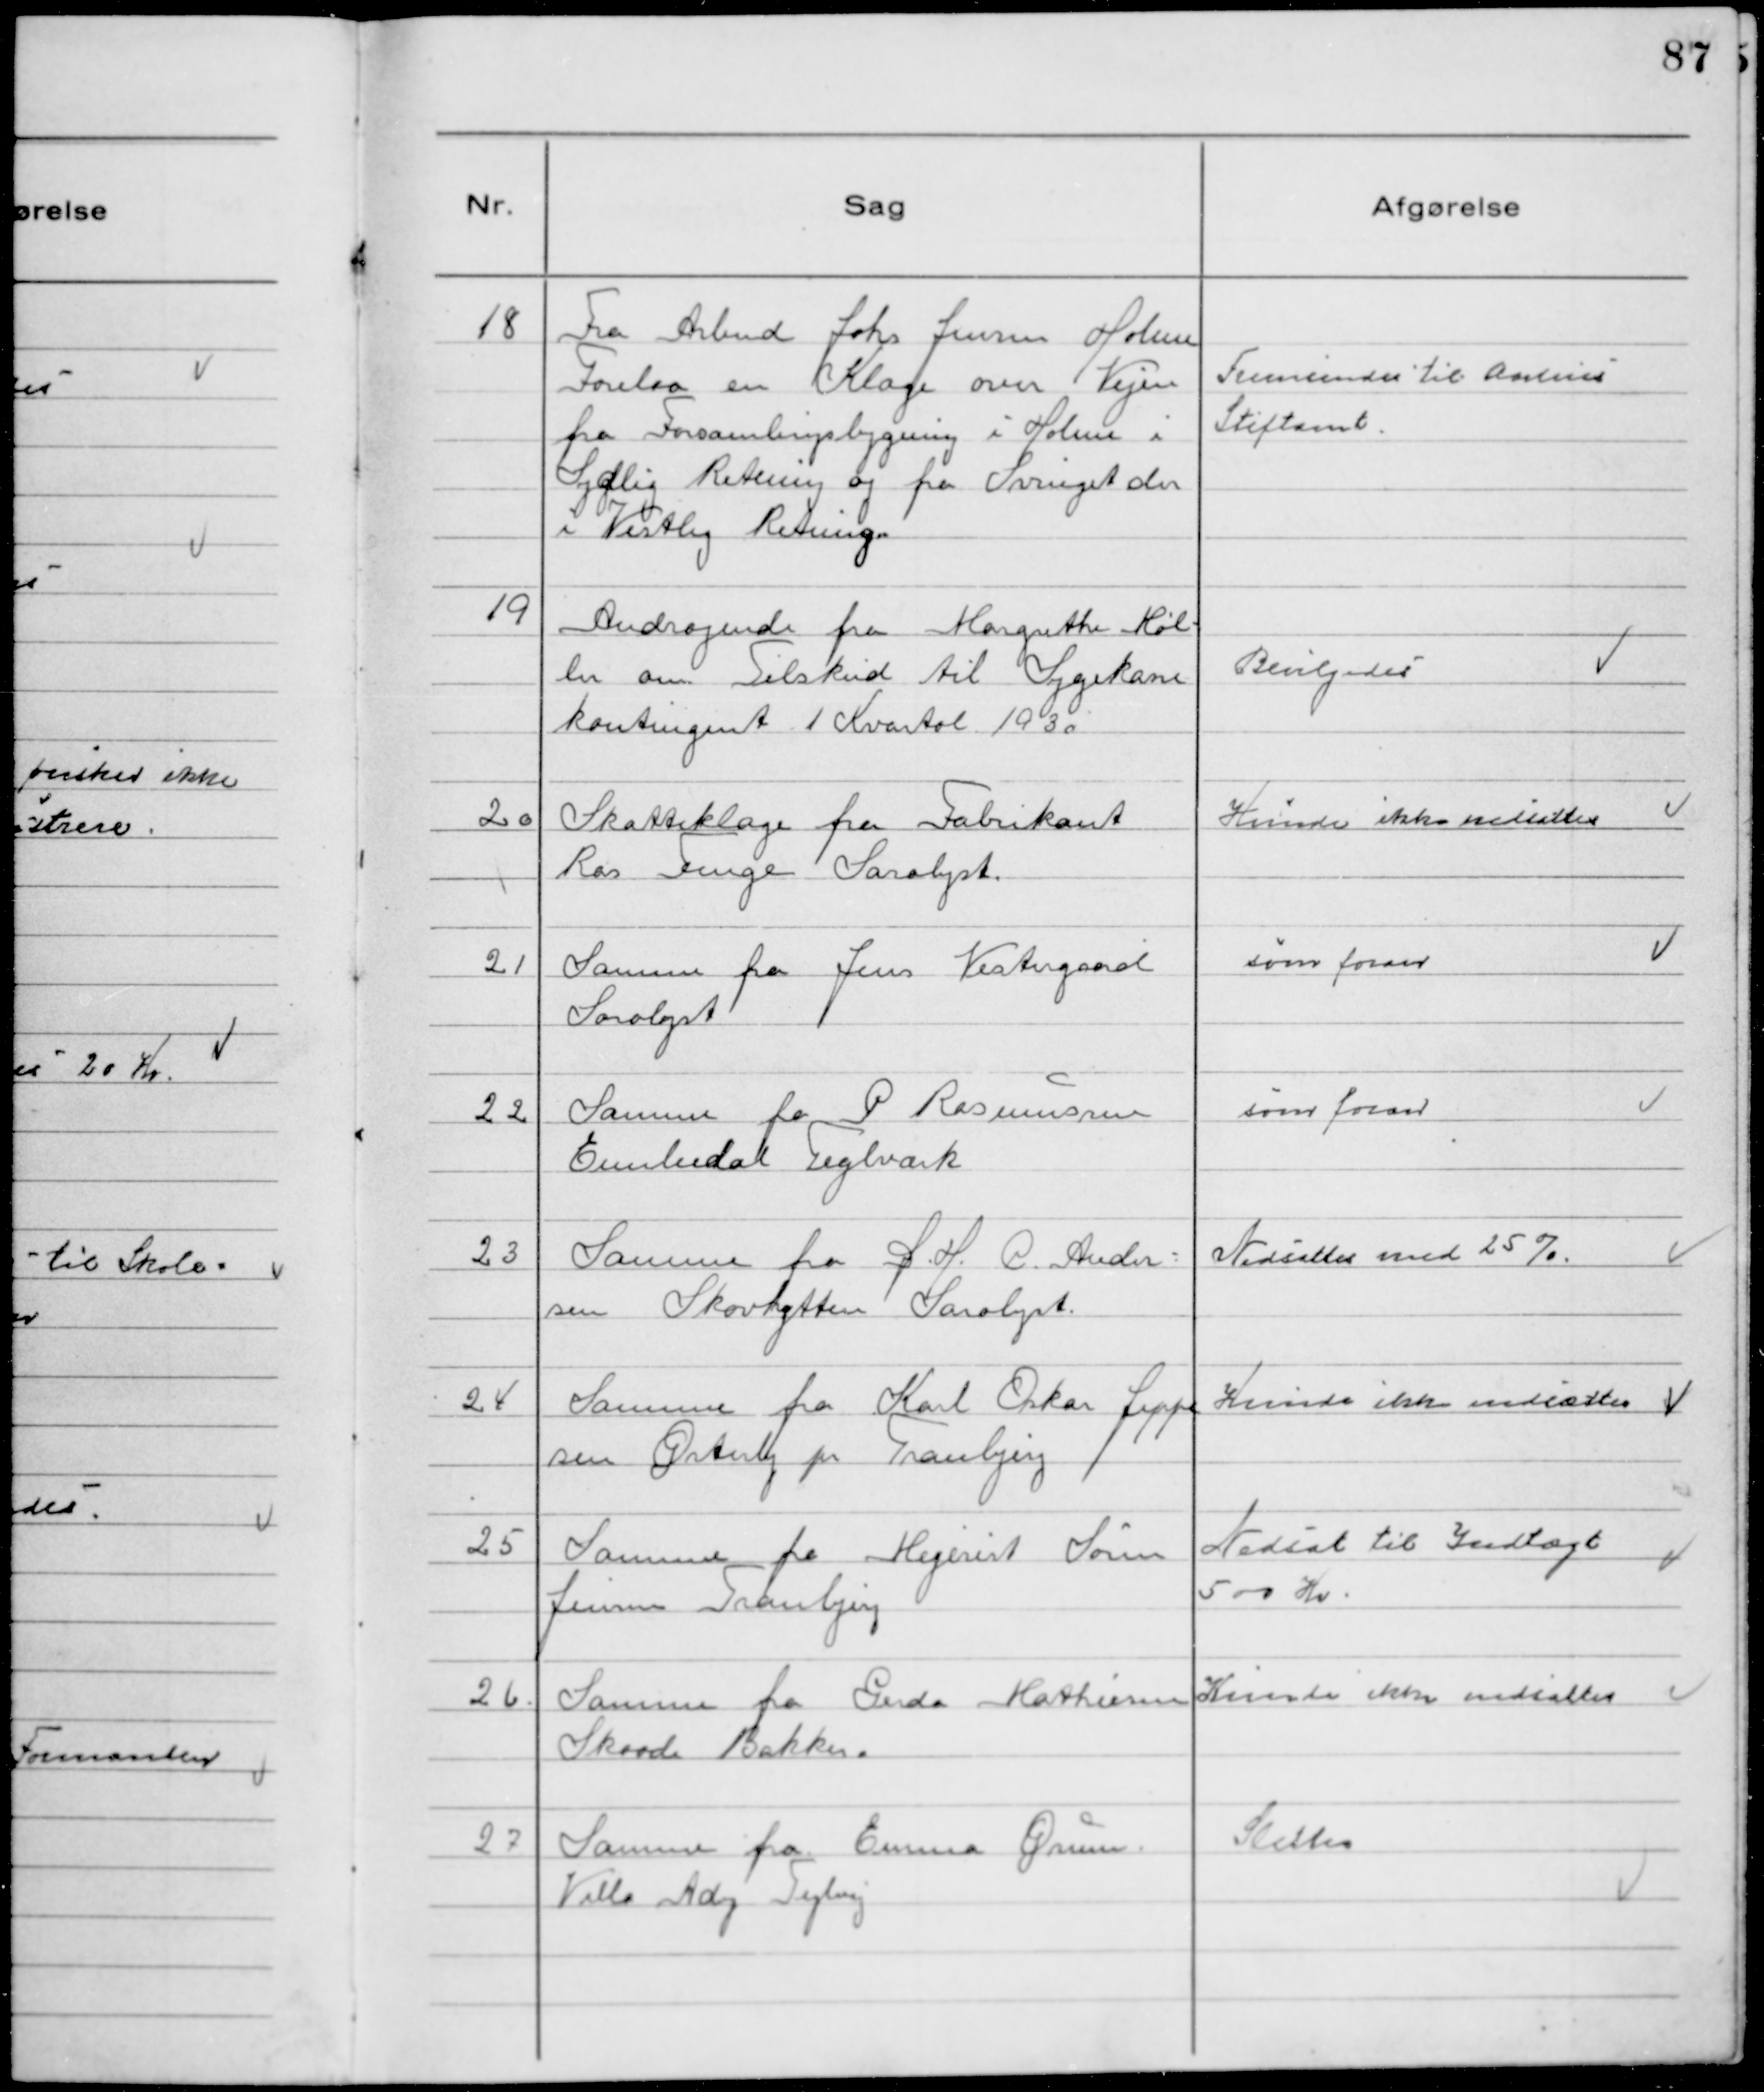
Transskription:
18 Fra Arbmd Johs Jensen Holme
Forelaa en Klage over Vejen
fra Forsamlingsbygning i Holme i
Sydlig Retning og fra Svinget der
i Vestlig Retning.

Fremsendes til Aarhus
Stiftamt.

19 Andragende fra Margrethe Møl-
ler om Tilskud til Sygekasse
kontingent 1 Kvartal 1930

Bevilgedes

20 Skatteklage fra Fabrikant
Ras Fenge Saralyst.

Kunde ikke nedsættes

21 Samme fra Jens Vestergaard
Saralyst

som foran

22 Samme fra P Rasmussen
Emiliedal Teglværk

som foran

23 Samme fra D. H. P. Ander-
sen Skovhytten Saralyst.

Nedsattes med 25 %.

24 Samme fra Karl Oskar Jeppe
sen Ørting pr Tranbjerg

Kunde ikke nedsættes

25 Samme fra Mejerist Søren
Jensen Tranbjerg

Nedsat til Indtægt
500 Kr.

26. Samme fra Gerda Mathiesen
Skaade Bakker.

Kunde ikke nedsættes

27 Samme fra Emma Ørum
Villa Adj Teglvej

Slettes